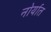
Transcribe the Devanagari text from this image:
नोर्यात